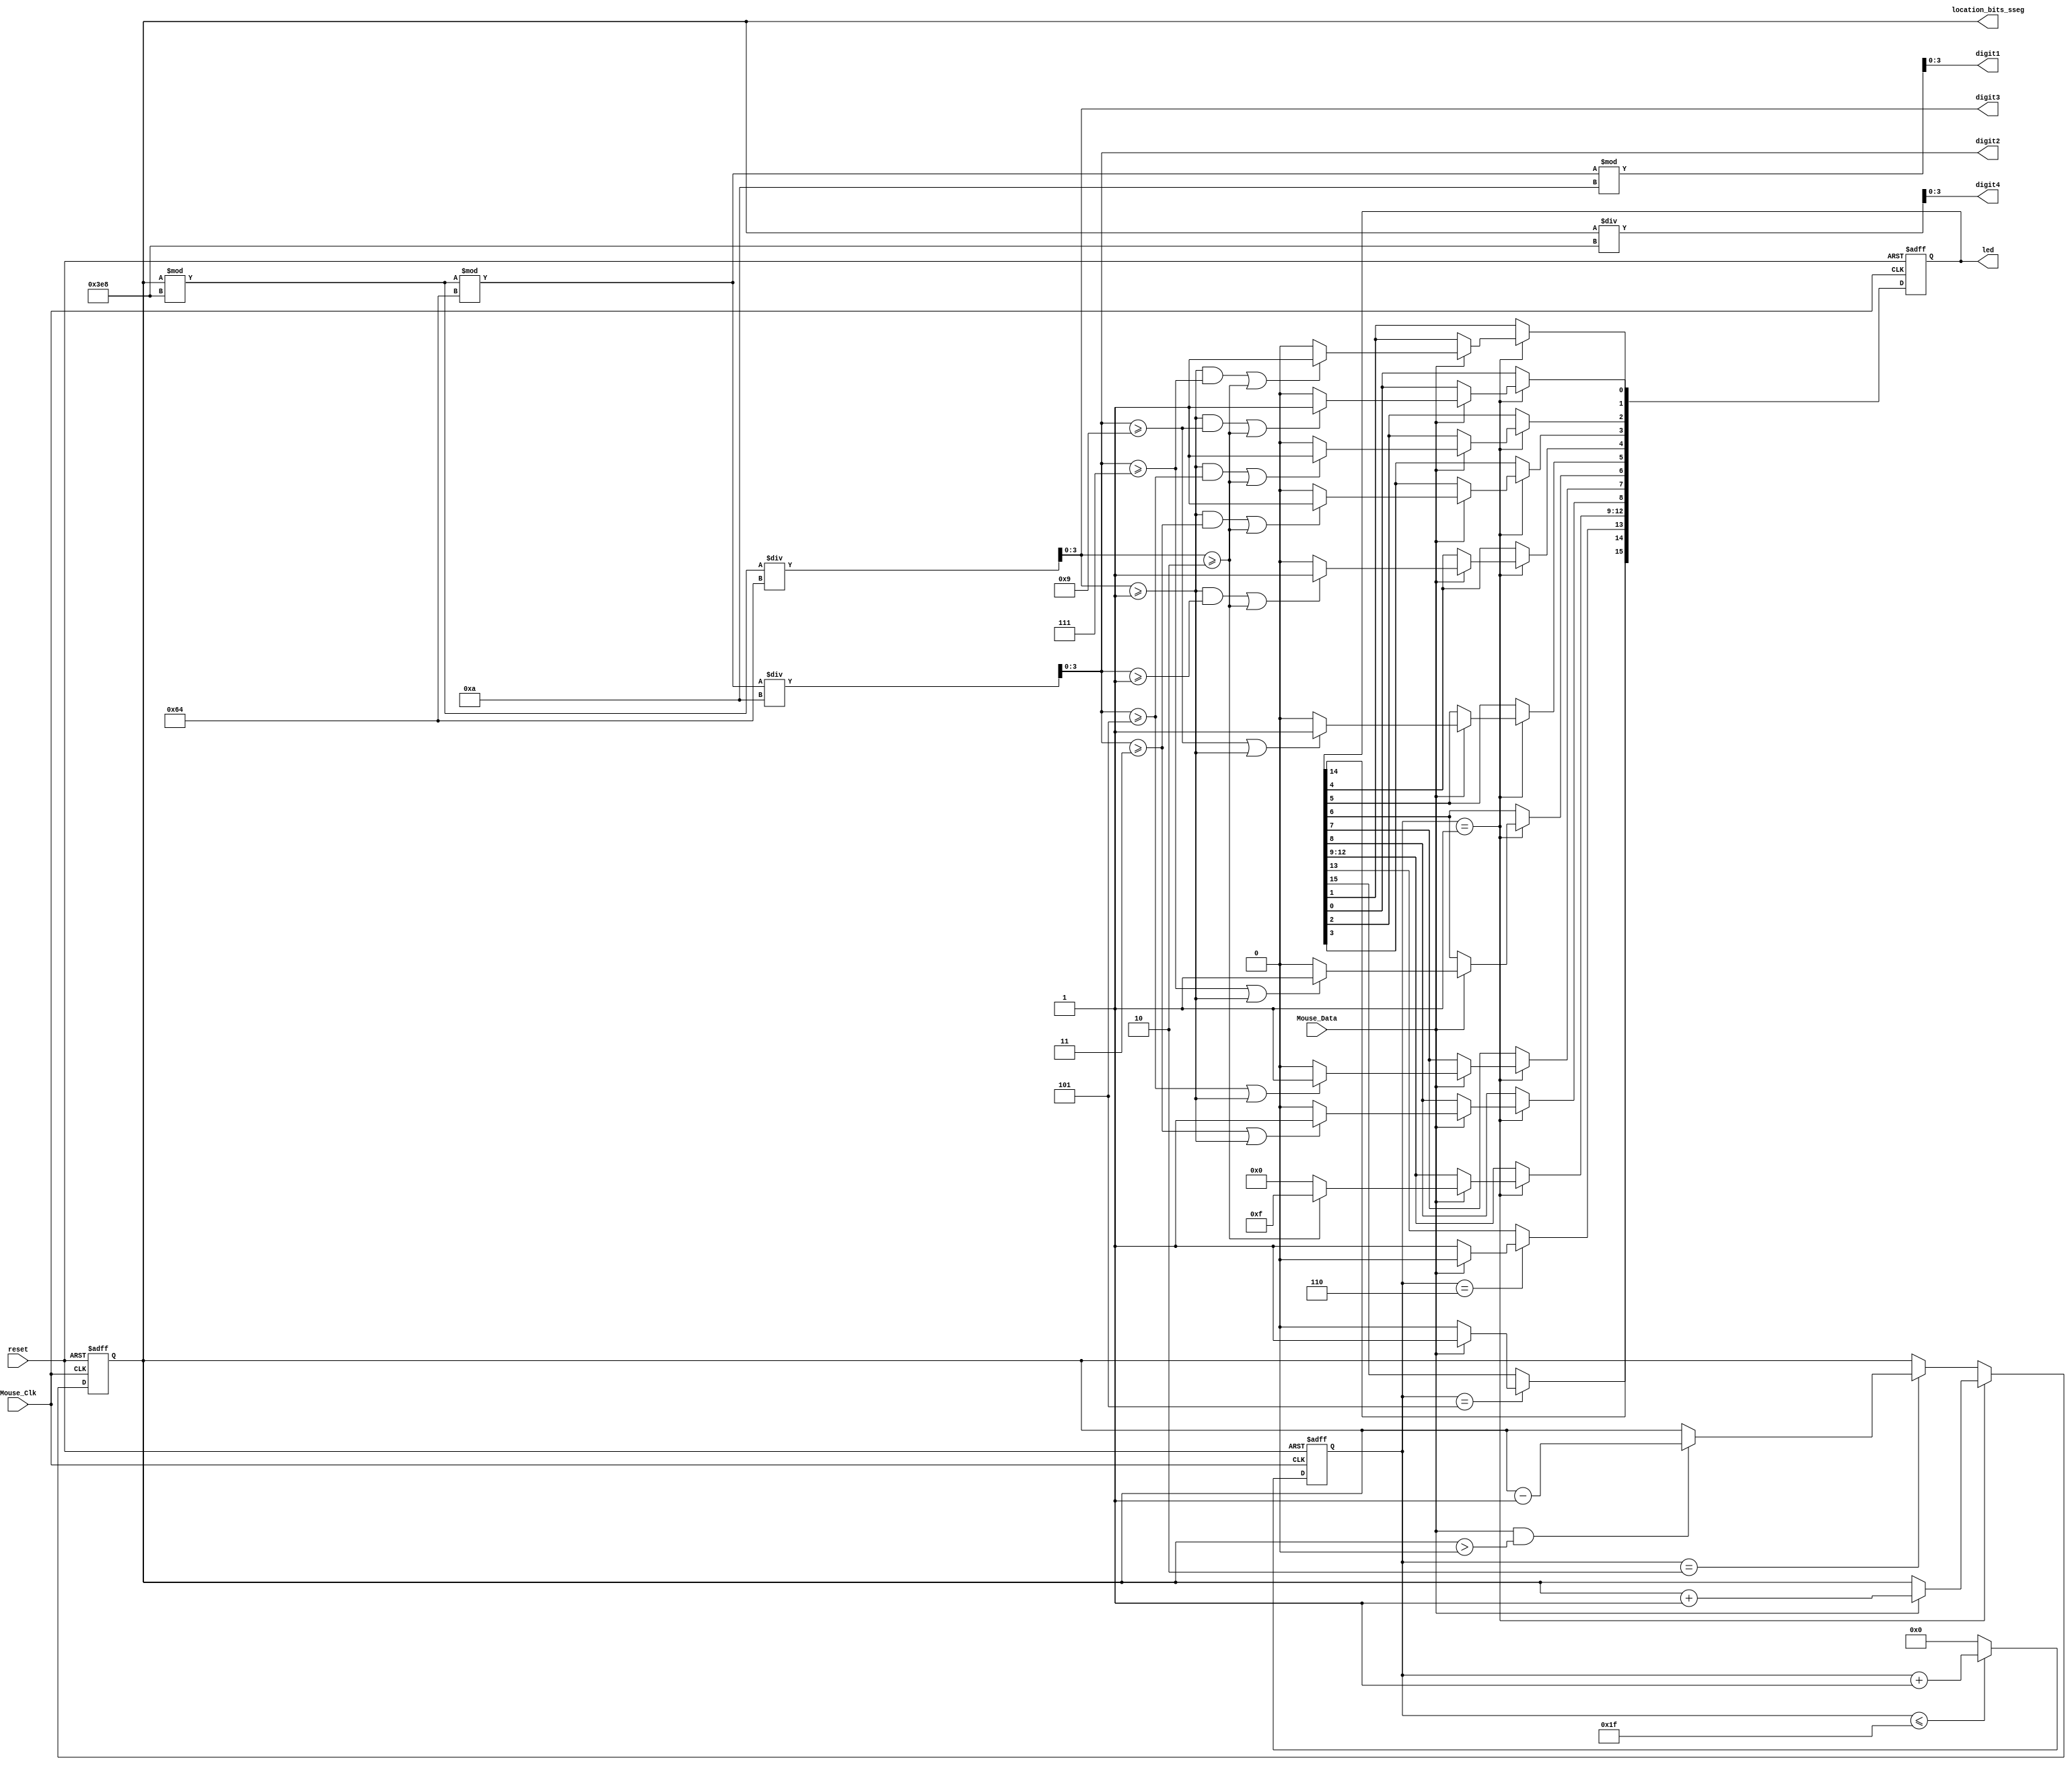
`timescale 1ns / 1ps
//////////////////////////////////////////////////////////////////////////////////
// Company: 
// Engineer: 
// 
// Design Name: 
// Module Name: Mouse_logic
// Project Name: 
// Target Devices: 
// Tool Versions: 
// Description: 
// 
// Dependencies: 
// 
// Revision:
// Revision 0.01 - File Created
// Additional Comments:
// 
//////////////////////////////////////////////////////////////////////////////////


module Mouse_logic(
    input Mouse_Clk,
    input Mouse_Data,
    input reset,
    output reg [15:0]  location_bits_sseg,
    output reg [0:15] led=0 ,
    output [3:0] digit1, digit2,digit3,digit4  
    );
    
   reg [32:0] Mouse_Data_reg;
   reg [5:0] Mouse_bits=0;
   reg on;
  
  
 //hex to decimal for sseg display 
assign digit1 = ((location_bits_sseg %1000)%100)%10;
assign digit2 = ((location_bits_sseg %1000)%100)/10;
assign digit3 = (location_bits_sseg %1000)/100;
assign digit4 = location_bits_sseg/1000;
       
       
        
     always @(posedge Mouse_Clk or posedge reset)
    begin
        if(reset)
            Mouse_bits <= 0;
        else if(Mouse_bits <=31) begin
            Mouse_bits <= Mouse_bits + 1;  
            end
        else 
             Mouse_bits <= 0;
    end
    
    
    
    
    
      always @(negedge Mouse_Clk or posedge reset) 
    begin
        if(reset) begin
            led <=0;
            location_bits_sseg <= 0;   
            end  
     
     else begin

//Y direction 
    if(Mouse_bits ==6 ) begin
        if(Mouse_Data ==1) begin
             led[2] <=0;
             end
             else if(Mouse_Data ==0) begin
               led[2] <=1;
               end
    end
    
    //X direction 
   
    if(Mouse_bits ==5 ) begin
        if(Mouse_Data ==1) begin
             led[0] <=1;
            
             end
             else if(Mouse_Data ==0) begin
               led[0] <=0;
           
               end
    end 
        
          //THE Mouse is left clicked and counter update  
      if(Mouse_bits==1) begin
                if(Mouse_Data==1) begin// left clicked
                location_bits_sseg <= location_bits_sseg + 1;
                                
                    if(digit2 >= 3 || digit3 >=1)
                        led[7]<=1'b1;
                        else led[7] <= 1'b0;
                        if(digit2 >= 5 || digit3 >=1 )
                        led[8] <= 1'b1;
                        else led[8] <= 1'b0;
                          if(digit2 >= 7 || digit3 >=1)
                        led[9] <= 1'b1;
                         else led[9] <= 1'b0;
                          if(digit2 >= 9 || digit3 >=1)
                        led[10] <= 1'b1;
                         else led[10] <= 1'b0;
                          if((digit3 >= 1 && digit2 >=1) || digit3 >= 2 )
                        led[11] <= 1'b1;
                         else led[11] <= 1'b0;
                        if((digit3 >= 1 && digit2 >=3) || digit3 >= 2 )
                        led[12] <= 1'b1;
                        else led[12] <= 1'b0;
                        if((digit3 >= 1 && digit2 >=5) || digit3 >= 2 )
                        led[13] <= 1'b1;
                        else led[13] <= 1'b0;
                        if((digit3 >= 1 && digit2 >=7)|| digit3 >= 2)
                        led[14] <= 1'b1;
                        else led[14] <= 1'b0;
                        if((digit3 >= 1 && digit2 >=9)|| digit3 >= 2)
                        led[15] <= 1'b1;
                        else led[15] <= 1'b0;
                   
                   if(digit3 >= 2 )
                        led[3:6] <= 4'b1111;
                        else led[3:6] <= 4'b0000;
                                 
               
            end
            end
            
            //THE Mouse is right clicked and counter update  
            
            else if(Mouse_bits==2) begin
               if(Mouse_Data==1&&location_bits_sseg>0) begin//  right clicked   
                   location_bits_sseg <= location_bits_sseg - 1;
                   end
                   
                end
      end  
      end 
   
          
endmodule